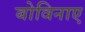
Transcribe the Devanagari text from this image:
बोविनाए